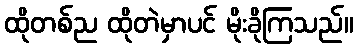
ထိုတစ်ည ထိုတဲမှာပင် မိုးခိုကြသည်။